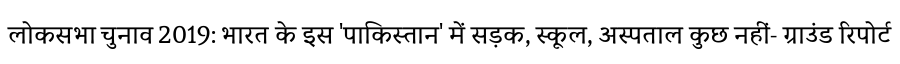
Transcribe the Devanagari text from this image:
लोकसभा चुनाव 2019: भारत के इस 'पाकिस्तान' में सड़क, स्कूल, अस्पताल कुछ नहीं- ग्राउंड रिपोर्ट